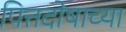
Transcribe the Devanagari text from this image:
पित्तदोषाच्या